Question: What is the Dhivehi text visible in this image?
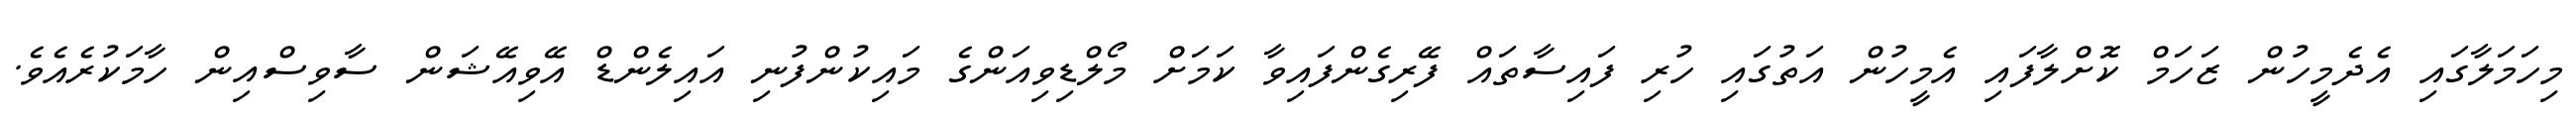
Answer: މިހަމަލާގައި އެދެމީހުން ޒަހަމް ކޮށްލާފައި އެމީހުން އަތުގައި ހުރި ފައިސާތައް ފޭރިގެންފައިވާ ކަމަށް މޯލްޑިވިއަންގެ މައިކުންފުނި އައިލެންޑް އޭވިއޭޝަން ސާވިސްއިން ހާމަކުރެއެވެ.